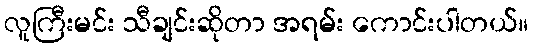
လူကြီးမင်း သီချင်းဆိုတာ အရမ်း ကောင်းပါတယ်။